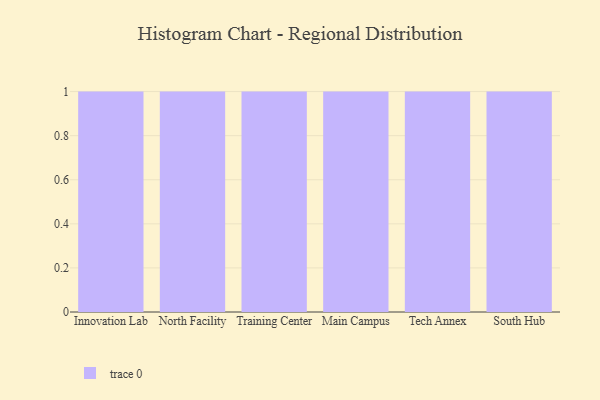
{"axis": {"x": "Campus", "y": "Gross Profit (USD K)"}, "legend": [""], "data": [{"x": "Innovation Lab", "y": 14, "type": ""}, {"x": "North Facility", "y": 94, "type": ""}, {"x": "Training Center", "y": 97, "type": ""}, {"x": "Main Campus", "y": 64, "type": ""}, {"x": "Tech Annex", "y": 53, "type": ""}, {"x": "South Hub", "y": 48, "type": ""}]}